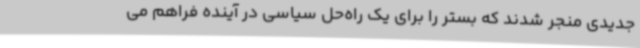
جدیدی منجر شدند که بستر را برای یک راه‌حل سیاسی در آینده فراهم می